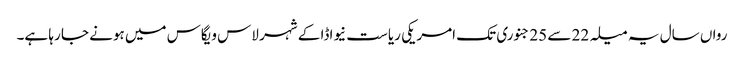
رواں سال یہ میلہ 22 سے 25 جنوری تک امریکی ریاست نیواڈا کے شہر لاس ویگاس میں ہونے جا رہا ہے۔